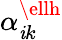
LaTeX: \alpha_{\mathit{i}k}^{\ellh}